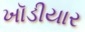
ખૉડીયાર